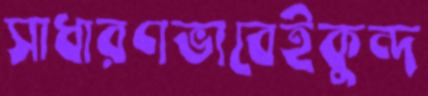
সাধারণভাবেইকুন্দ